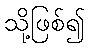
သို့ဖြစ်၍